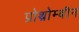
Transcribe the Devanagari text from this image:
प्रोथ्रोम्बीन